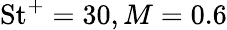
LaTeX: \mathrm{St}^{+}=30,M=0.6